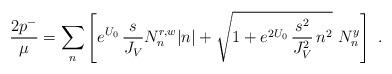
LaTeX: \begin{align*}{2p^{-}\over\mu}=\sum_n\left[e^{U_0}\,{s\over J_V}N_n^{r,w}|n|+\sqrt{1+e^{2U_0}\,{s^2\over J_V^2}\,n^2}\,\,N_n^{y}\right] \ .\end{align*}